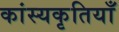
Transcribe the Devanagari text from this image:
कांस्यकृतियाँ